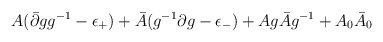
\begin{align*}A(\bar{\partial}gg^{-1}-\epsilon_{+})+\bar{A}(g^{-1}\partial g-\epsilon_{-})+Ag\bar{A}g^{-1} + A_0 \bar A_0\end{align*}